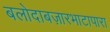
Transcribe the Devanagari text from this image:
बलोदाबज़ारभाटापारा